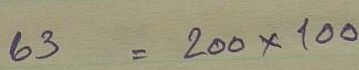
63 = 200 x 100